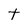
Character: t